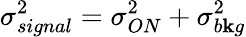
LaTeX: \sigma_{signal}^{2}=\sigma_{ON}^{2}+\sigma_{b\mathbf{k}g}^{2}